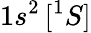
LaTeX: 1s^{2}\, [{^1S}]